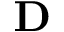
\mathbf { D }